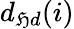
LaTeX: d_{\mathfrak{H}d}(i)